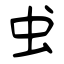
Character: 蛓